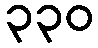
၃၃၀